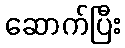
ဆောက်ပြီး